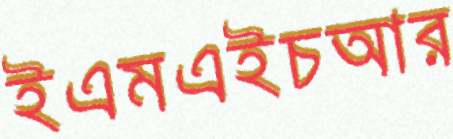
ইএমএইচআর